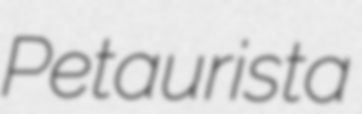
Petaurista